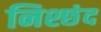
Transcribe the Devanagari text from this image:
निश्छंद